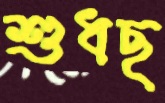
শুধছ